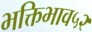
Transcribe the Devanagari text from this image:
भक्तिभाव५२